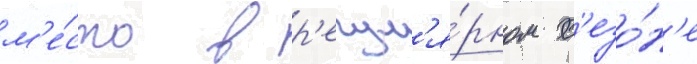
м'е́сто в р'егул'я́рном с'езо́н'е